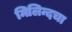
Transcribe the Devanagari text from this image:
मिलिन्दचा